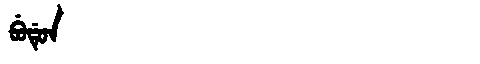
Manchu: ᠪᡠᡩᡠᠨ
Romanization: BUDUN